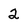
Character: 2